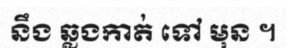
នឹង ឆ្លងកាត់ ទៅ មុន ។